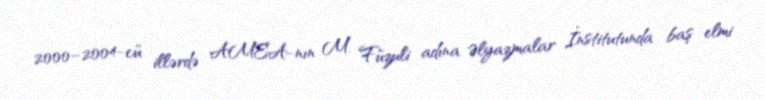
2000–2004-cü illərdə AMEA-nın M. Füzuli adına Əlyazmalar İnstitutunda baş elmi